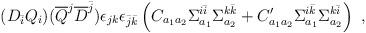
LaTeX: \begin{align*}(D_{\bar i} Q_i)({\overline Q}^j {\overline D}^{\bar j} ) \epsilon_{jk} \epsilon_{{\bar j}{\bar k}}\left(C_{a_1 a_2} \Sigma^{i{\bar i}}_{a_1} \Sigma^{k{\bar k}}_{a_2} + C^\prime_{a_1 a_2} \Sigma^{i{\bar k}}_{a_1} \Sigma^{k{\bar i}}_{a_2}\right)~,\end{align*}